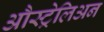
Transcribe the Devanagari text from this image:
औस्ट्रेलिअन